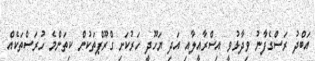
އަބްދު ރަސްގެފާނު ވިދާޅުވީ އިސްރާއީލާއި އަދި ޔަހޫދީ ހަރުކަށި ގްރޫޕްތަކުން ކިތަންމެ ހުރަސްތަކެއް